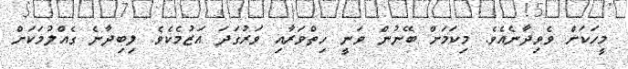
މީހަކަށް ވެވިދާނެއެވެ. މިކަމަށް ބޭނުން ވަނީ ހިތްވަރާއި ވަރުގަދަ އަޒުމެކެވެ. ލިބިދާނެ ގެއްލުމަކަށް